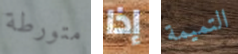
متورطة إذا التميمة